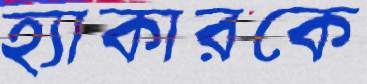
হ্যাকারকে